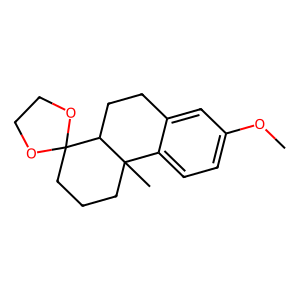
SMILES: COc1ccc2c(c1)CCC1C3(CCCC21C)OCCO3
Inhibits HIV replication: No